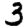
Digit: 3